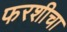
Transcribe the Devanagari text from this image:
फरशीचा